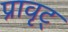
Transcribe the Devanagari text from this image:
प्रावृट्